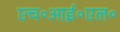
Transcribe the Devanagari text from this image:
एच॰आई॰एल॰